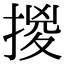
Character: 㨑